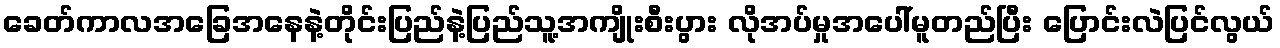
ခေတ်ကာလအခြေအနေနဲ့တိုင်းပြည်နဲ့ပြည်သူ့အကျိုးစီးပွား လိုအပ်မှုအပေါ်မူတည်ပြီး ပြောင်းလဲပြင်လွယ်